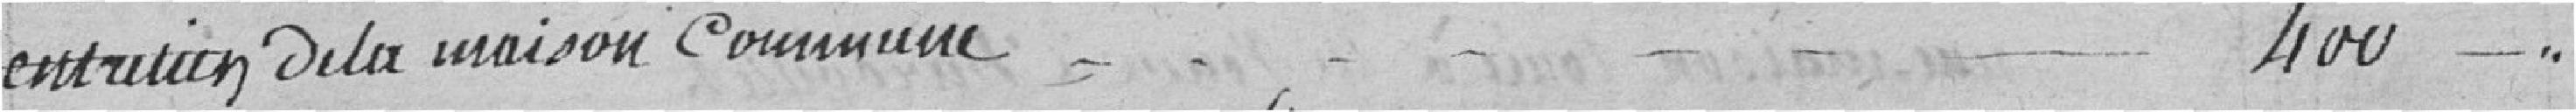
entretien de la maison commune